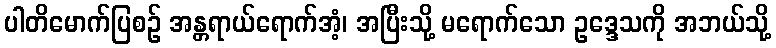
ပါတိမောက်ပြစဉ် အန္တရာယ်ရောက်အံ့၊ အပြီးသို့ မရောက်သော ဥဒ္ဒေသကို အဘယ်သို့